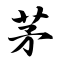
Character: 茅